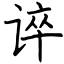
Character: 谇